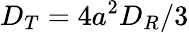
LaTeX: D_{T}=4a^{2}D_{R}/3